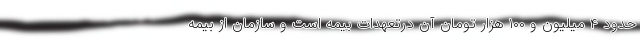
حدود ۴ میلیون و ۱۰۰ هزار تومان آن درتعهدات بیمه است و سازمان از بیمه